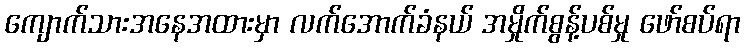
ကျောက်သားအနေအထားမှာ လက်အောက်ခံနယ် အမှိုက်စွန့်ပစ်မှု ဖော်စပ်ရာ